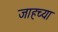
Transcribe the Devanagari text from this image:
जाहच्या